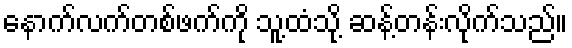
နောက်လက်တစ်ဖက်ကို သူ့ထံသို့ ဆန့်တန်းလိုက်သည်။